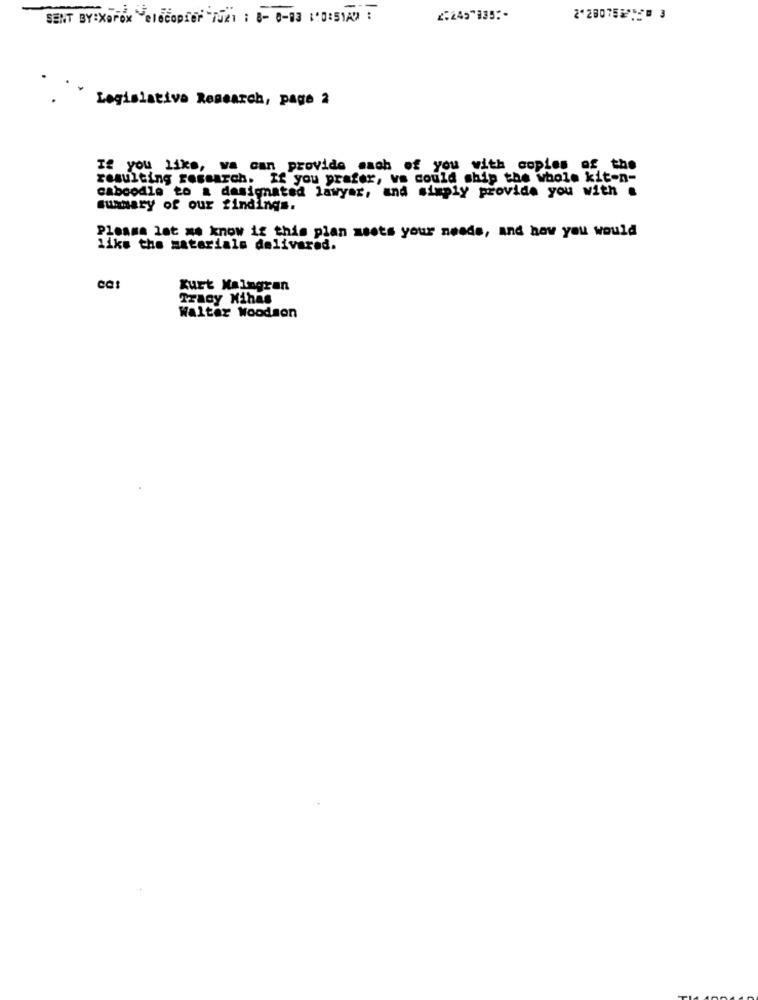
SENT BY:Xerox elecopfer "1521 ; 8- 0-83 10:51A :
2:249"335 :-
2200752528 3
Legislative Research, page 2
If you like, wa can provide mach of you with copies of the
resulting research. If you prafer, va could ship the whole kit-n-
caboodle to a designated lawyar, and simply provide you with &
summary of our findings.
Please let me know if this plan asets your needs, and how you would
like the materials delivered.
Kurt Malngran
Tracy Mihas
Walter Woodson